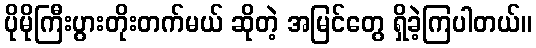
ပိုမိုကြီးပွားတိုးတက်မယ် ဆိုတဲ့ အမြင်တွေ ရှိခဲ့ကြပါတယ်။